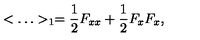
< \ldots > _ { 1 } = { \frac { 1 } { 2 } } F _ { x x } + { \frac { 1 } { 2 } } F _ { x } F _ { x } ,